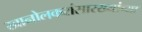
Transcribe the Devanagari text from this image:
खानोलकरांसारख्यांच्या